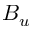
B _ { u }